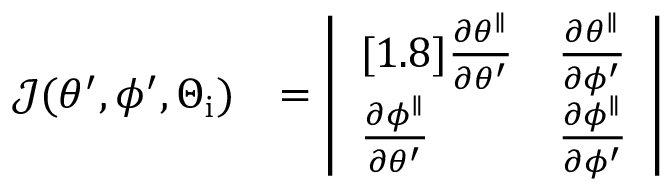
\begin{array} { r l } { \mathcal { J } ( \theta ^ { \prime } , \phi ^ { \prime } , \Theta _ { \mathrm { i } } ) } & { = \left| \begin{array} { l l } { [ 1 . 8 ] \frac { \partial \theta ^ { \parallel } } { \partial \theta ^ { \prime } } } & { \frac { \partial \theta ^ { \parallel } } { \partial \phi ^ { \prime } } } \\ { \frac { \partial \phi ^ { \parallel } } { \partial \theta ^ { \prime } } } & { \frac { \partial \phi ^ { \parallel } } { \partial \phi ^ { \prime } } } \end{array} \right| } \end{array}